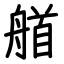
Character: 艏